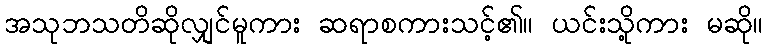
အသုဘသတိဆိုလျှင်မူကား ဆရာစကားသင့်၏။ ယင်းသို့ကား မဆို။